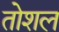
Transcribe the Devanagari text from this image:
तोशल